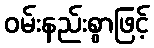
ဝမ်းနည်းစွာဖြင့်